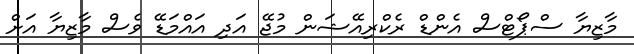
މާޒިޔާ ސްޕޯޓްސް އެންޑް ރެކްރިއޭޝަން މުޖޭ އަދި އައްމަޑޭ ވެސް މާޒިޔާ އަށް